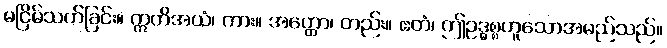
မငြိမ်သက်ခြင်း။ ဣတိအယံ၊ ကား။ အတ္ထော၊ တည်း။ ဧတံ၊ ဤဥဒ္ဓစ္စဟူသောအမည်သည်။